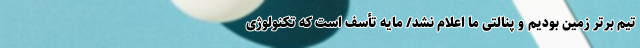
تیم برتر زمین بودیم و پنالتی ما اعلام نشد/ مایه تأسف است که تکنولوژی